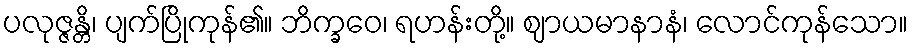
ပလုဇ္ဇန္တိ၊ ပျက်ပြိုကုန်၏။ ဘိက္ခဝေ၊ ရဟန်းတို့။ ဈာယမာနာနံ၊ လောင်ကုန်သော။